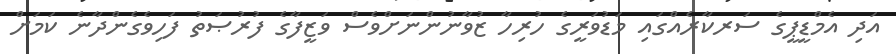
އަދި އެމްޑީޕީގެ ސަރކާރެއްގައި މަޑުވަރީގެ ހުރިހާ ޒުވާނުންނަށްވެސް ވަޒީފާގެ ފުރުޞަތު ފަހިވެގެންދާނެ ކަމަށް